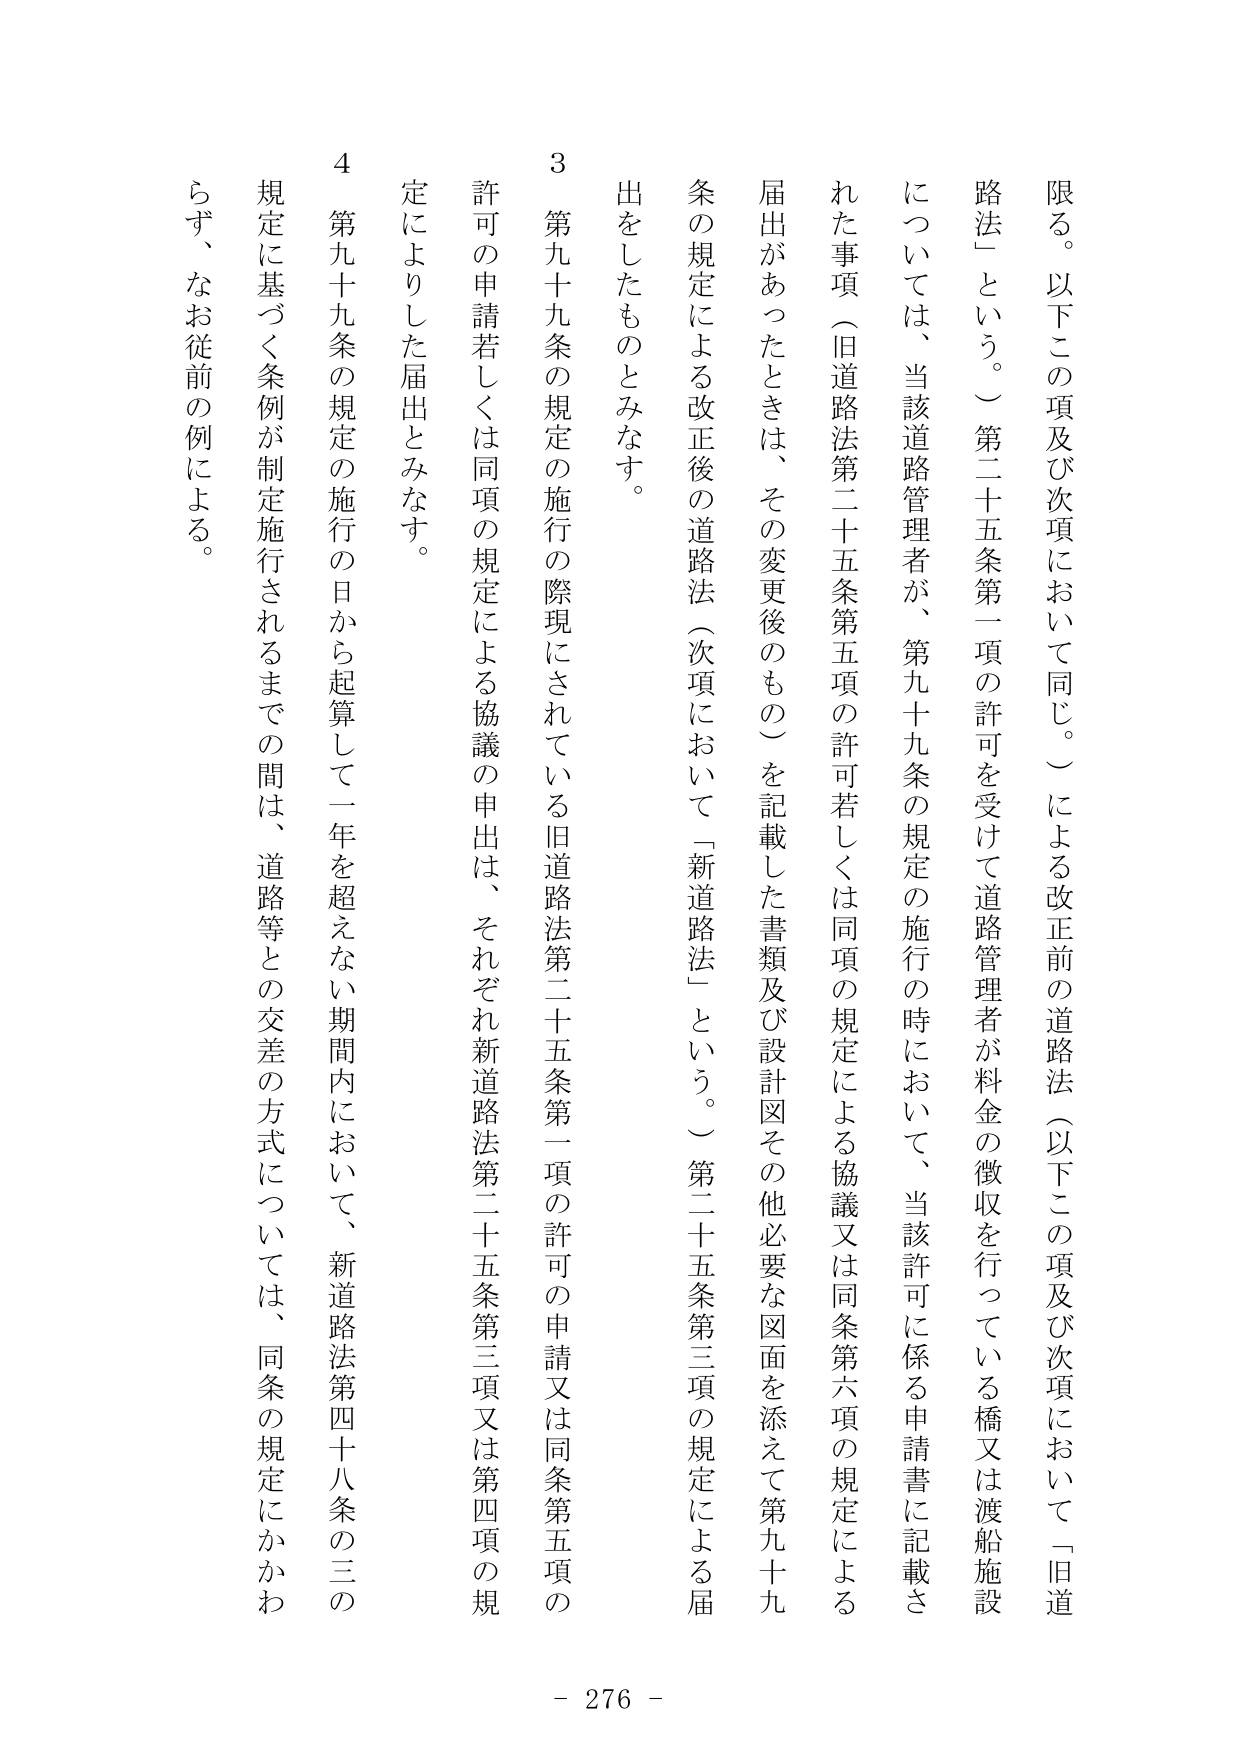
限る。以下この項及び次項において同じ。）による改正前の道路法（以下この項及び次項において「旧道路法」という。）第二十五条第一項の許可を受けて道路管理者が料金の徴収を行っている橋又は渡船施設については、当該道路管理者が、第九十九条の規定の施行の時において、当該許可に係る申請書に記載された事項（旧道路法第二十五条第五項の許可若しくは同項の規定による協議又は同条第六項の規定による届出があったときは、その変更後のもの）を記載した書類及び設計図その他必要な図面を添えて第九十九条の規定による改正後の道路法（次項において「新道路法」という。）第二十五条第三項の規定による届出をしたものとみなす。

3 第九十九条の規定の施行の際現にされている旧道路法第二十五条第一項の許可の申請又は同条第五項の許可の申請若しくは同項の規定による協議の申出は、それぞれ新道路法第二十五条第三項又は第四項の規定によりした届出とみなす。

4 第九十九条の規定の施行の日から起算して一年を超えない期間内において、新道路法第四十八条の三の規定に基づく条例が制定施行されるまでの間は、道路等との交差の方式については、同条の規定にかかわらず、なお従前の例による。

- 276 -